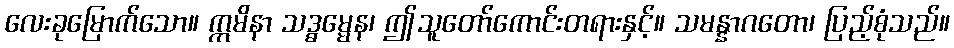
လေးခုမြောက်သော။ ဣမိနာ သဒ္ဓမ္မေန၊ ဤသူတော်ကောင်းတရားနှင့်။ သမန္နာဂတော၊ ပြည့်စုံသည်။